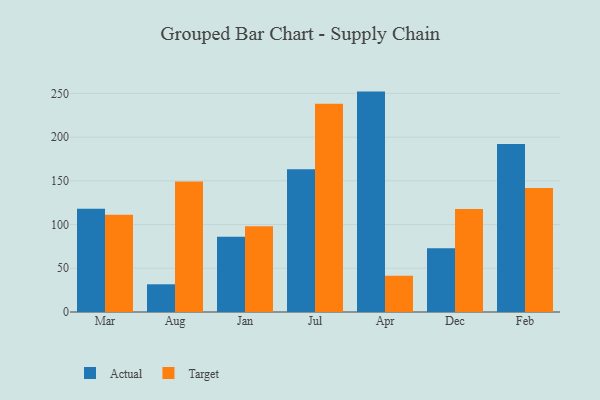
{"axis": {"x": "Month", "y": "Gross Profit (USD K)"}, "legend": ["Actual", "Target"], "data": [{"x": "Mar", "y": 118.0, "type": "Actual"}, {"x": "Mar", "y": 111.2, "type": "Target"}, {"x": "Aug", "y": 31.7, "type": "Actual"}, {"x": "Aug", "y": 149.4, "type": "Target"}, {"x": "Jan", "y": 86.2, "type": "Actual"}, {"x": "Jan", "y": 98.1, "type": "Target"}, {"x": "Jul", "y": 163.4, "type": "Actual"}, {"x": "Jul", "y": 238.3, "type": "Target"}, {"x": "Apr", "y": 252.1, "type": "Actual"}, {"x": "Apr", "y": 41.5, "type": "Target"}, {"x": "Dec", "y": 73.0, "type": "Actual"}, {"x": "Dec", "y": 117.9, "type": "Target"}, {"x": "Feb", "y": 192.1, "type": "Actual"}, {"x": "Feb", "y": 141.7, "type": "Target"}]}